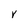
Character: V